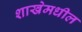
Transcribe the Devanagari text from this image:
शाखेमधील